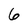
Character: 6